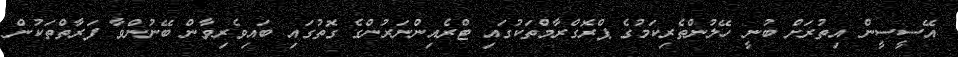
އޭސީސީން އިތުރަށް ބުނީ ހޭލުންތެރިކަމުގެ ޕްރޮގްރާމްތަކުގައި ޓްރެއިންނަރުންގެ ގޮތުގައި ބައިވެރިވާން ބޭނުންވާ ފަރާތްތަކުން